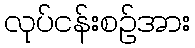
လုပ်ငန်းစဉ်အား